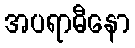
အပရာဓီနော